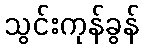
သွင်းကုန်ခွန်